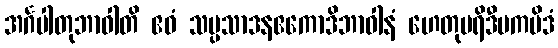
အင်္ဂပါတုဘာဝါတိ ဧဝံ သမ္ပသာဒနဧကောဒိဘာဝါနံ ဟေတုပရိဒီပကမိဒံ